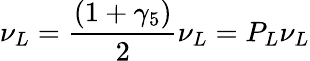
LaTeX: \nu_{L}={\frac{(1+\gamma_{5})}{2}}\nu_{L}=P_{L}\nu_{L}